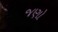
જણો